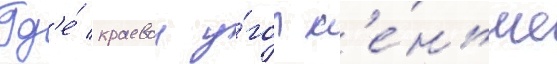
Гд'е́ краевои у́гол м'е́ньше